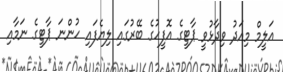
އަލީމް މިއަދު ވިދާޅުވީ ޕާޓީގެ އޮފީހުގެ ބޭރުގައި ލިޔެފައި ހުންނަ ޕާޓީގެ ނަމާއި